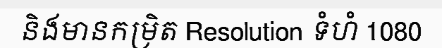
និងមានកម្រិត Resolution ទំហំ 1080